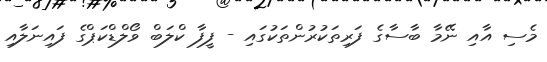
މެސި އާއި ނޭމާ ބާސާގެ ފަރިތަކުރުންތަކުގައި - ފީފާ ކްލަބް ވޯލްޑްކަޕްގެ ފައިނަލާއި